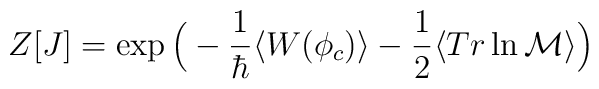
Z[J]=\exp\Big(-\frac{1}{\hbar}\langle W(\phi_{c})\rangle-\frac{1}{2}\langle Tr\ln{\cal M}\rangle\Big)